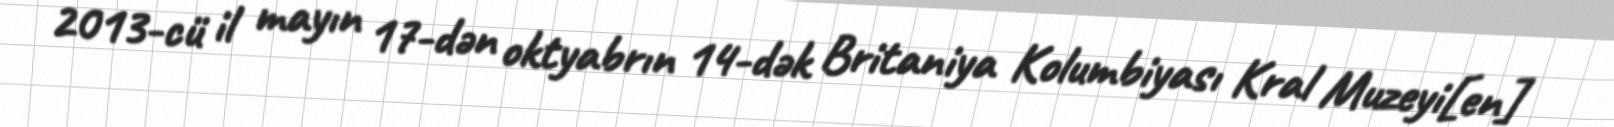
2013-cü il mayın 17-dən oktyabrın 14-dək Britaniya Kolumbiyası Kral Muzeyi[en]